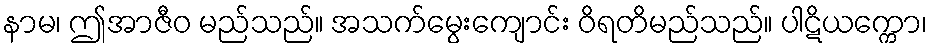
နာမ၊ ဤအာဇီဝ မည်သည်။ အသက်မွေးကျောင်း ဝိရတိမည်သည်။ ပါဋိယက္ကော၊